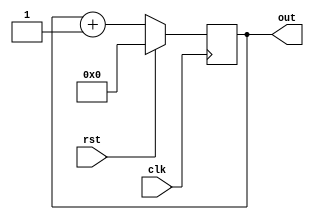
module pc 
(
	input clk,rst,
	output reg [3:0]out
);
	always @(posedge clk)
	begin
	if (rst == 1)
		out <= 0;
	else
		out <= out + 1;
	end
endmodule

module testpc ();
	reg clk,rst;
	wire [3:0]out;
	
pc obj (clk,rst,out);

	always
	#3 clk = ~clk;
	
	initial
	begin
	clk = 0;rst = 1;
	#30 rst = 0;					
	end
endmodule